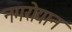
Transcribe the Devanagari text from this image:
नगरोद्यान